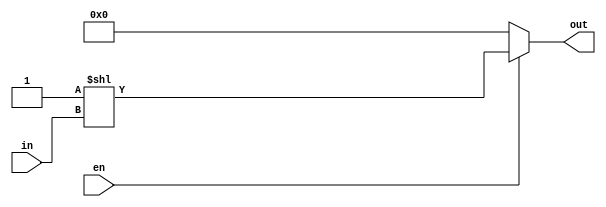
// 2:4 Decoder using Dataflow

module P1_DEC_dataflow(
    output      [3:0]   out,
    input       [1:0]   in,
    input               en
);

    assign  out = (en == 1'b1) ? (4'd1 << in) : 4'd0;

endmodule